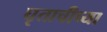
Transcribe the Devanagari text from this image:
घृताचीच्या